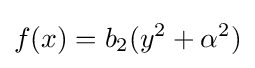
f(x)=b_{2}(y^{2}+\alpha ^{2})